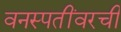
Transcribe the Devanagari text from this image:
वनस्पतींवरची